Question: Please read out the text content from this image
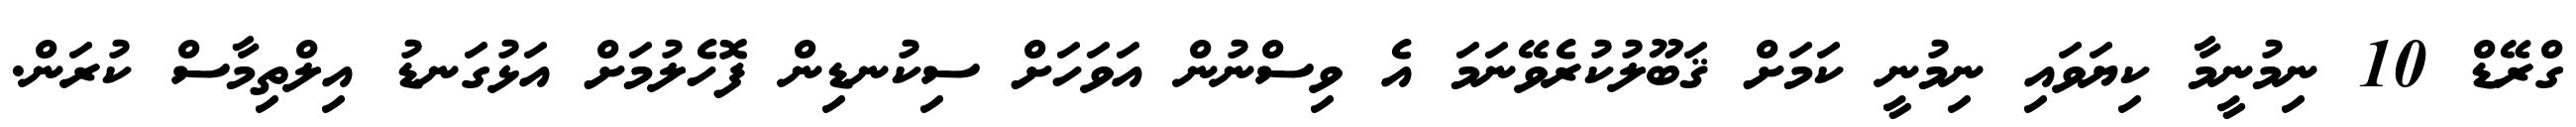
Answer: ގްރޭޑް 10 ނިމުނީމާ ކިޔަވައި ނިމުނީ ކަމަށް ޤަބޫލުކުރެވޭނަމަ އެ ވިސްނުން އަވަހަށް ސިކުނޑިން ފޮހެލުމަށް އަޅުގަނޑު އިލްތިމާސް ކުރަން.